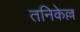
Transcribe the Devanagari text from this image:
तनिकेल्ल